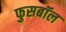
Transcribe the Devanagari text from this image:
फुसबॉल